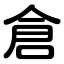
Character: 倉